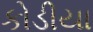
કોડીયા